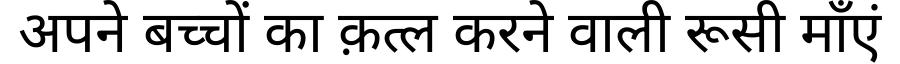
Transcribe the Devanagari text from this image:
अपने बच्चों का क़त्ल करने वाली रूसी माँएं